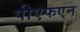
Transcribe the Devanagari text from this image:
पीएफएन